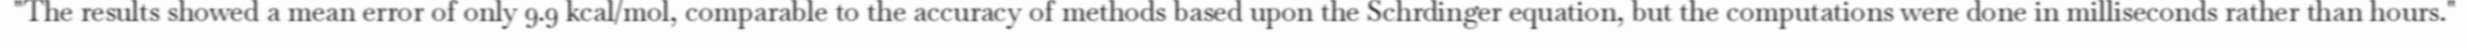
"The results showed a mean error of only 9.9 kcal/mol, comparable to the accuracy of methods based upon the Schrdinger equation, but the computations were done in milliseconds rather than hours."